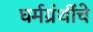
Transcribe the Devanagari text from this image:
घर्मग्रंथींचे